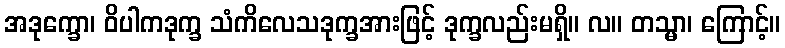
အဒုက္ခော၊ ဝိပါကဒုက္ခ သံကိလေသဒုက္ခအားဖြင့် ဒုက္ခလည်းမရှိ။ လ။ တသ္မာ၊ ကြောင့်။